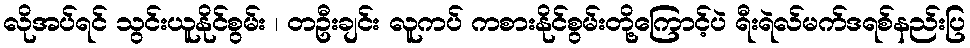
လိုအပ်ရင် သွင်းယူနိုင်စွမ်း ၊ တဦးချင်း လူကပ် ကစားနိုင်စွမ်းတို့ကြောင့်ပဲ ရီးရဲလ်မက်ဒရစ်နည်းပြ